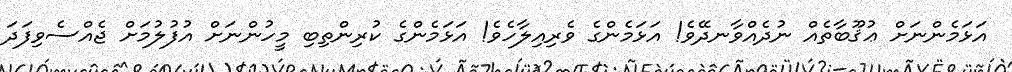
އަޅަމެންނަށް ޢުޤޫބާތެއް ނުދެއްވާނދޭވެ! އަޅަމެންގެ ވެރިއިލާހެވެ! އަޅަމެންގެ ކުރިންތިބި މީހުންނަށް އުފުލުމަށް ޖެއްސެވިފަދަ